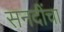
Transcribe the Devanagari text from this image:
सनदींचा